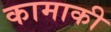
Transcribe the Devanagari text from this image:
कामाकी